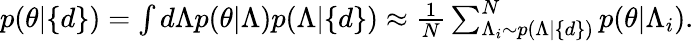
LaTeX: \begin{array}{r}{p(\theta|\{ d\} )=\int d\Lambda p(\theta|\Lambda)p(\Lambda|\{ d\} )\approx\frac{1}{N}\sum_{\Lambda_{i}\sim p(\Lambda|\{ d\} )}^{N}p(\theta|\Lambda_{i}).}\end{array}